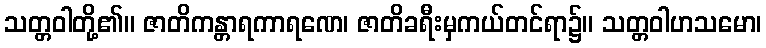
သတ္တဝါတို့၏။ ဇာတိကန္တာရကာရဏေ၊ ဇာတိခရီးမှကယ်တင်ရာ၌။ သတ္တဝါဟသမော၊